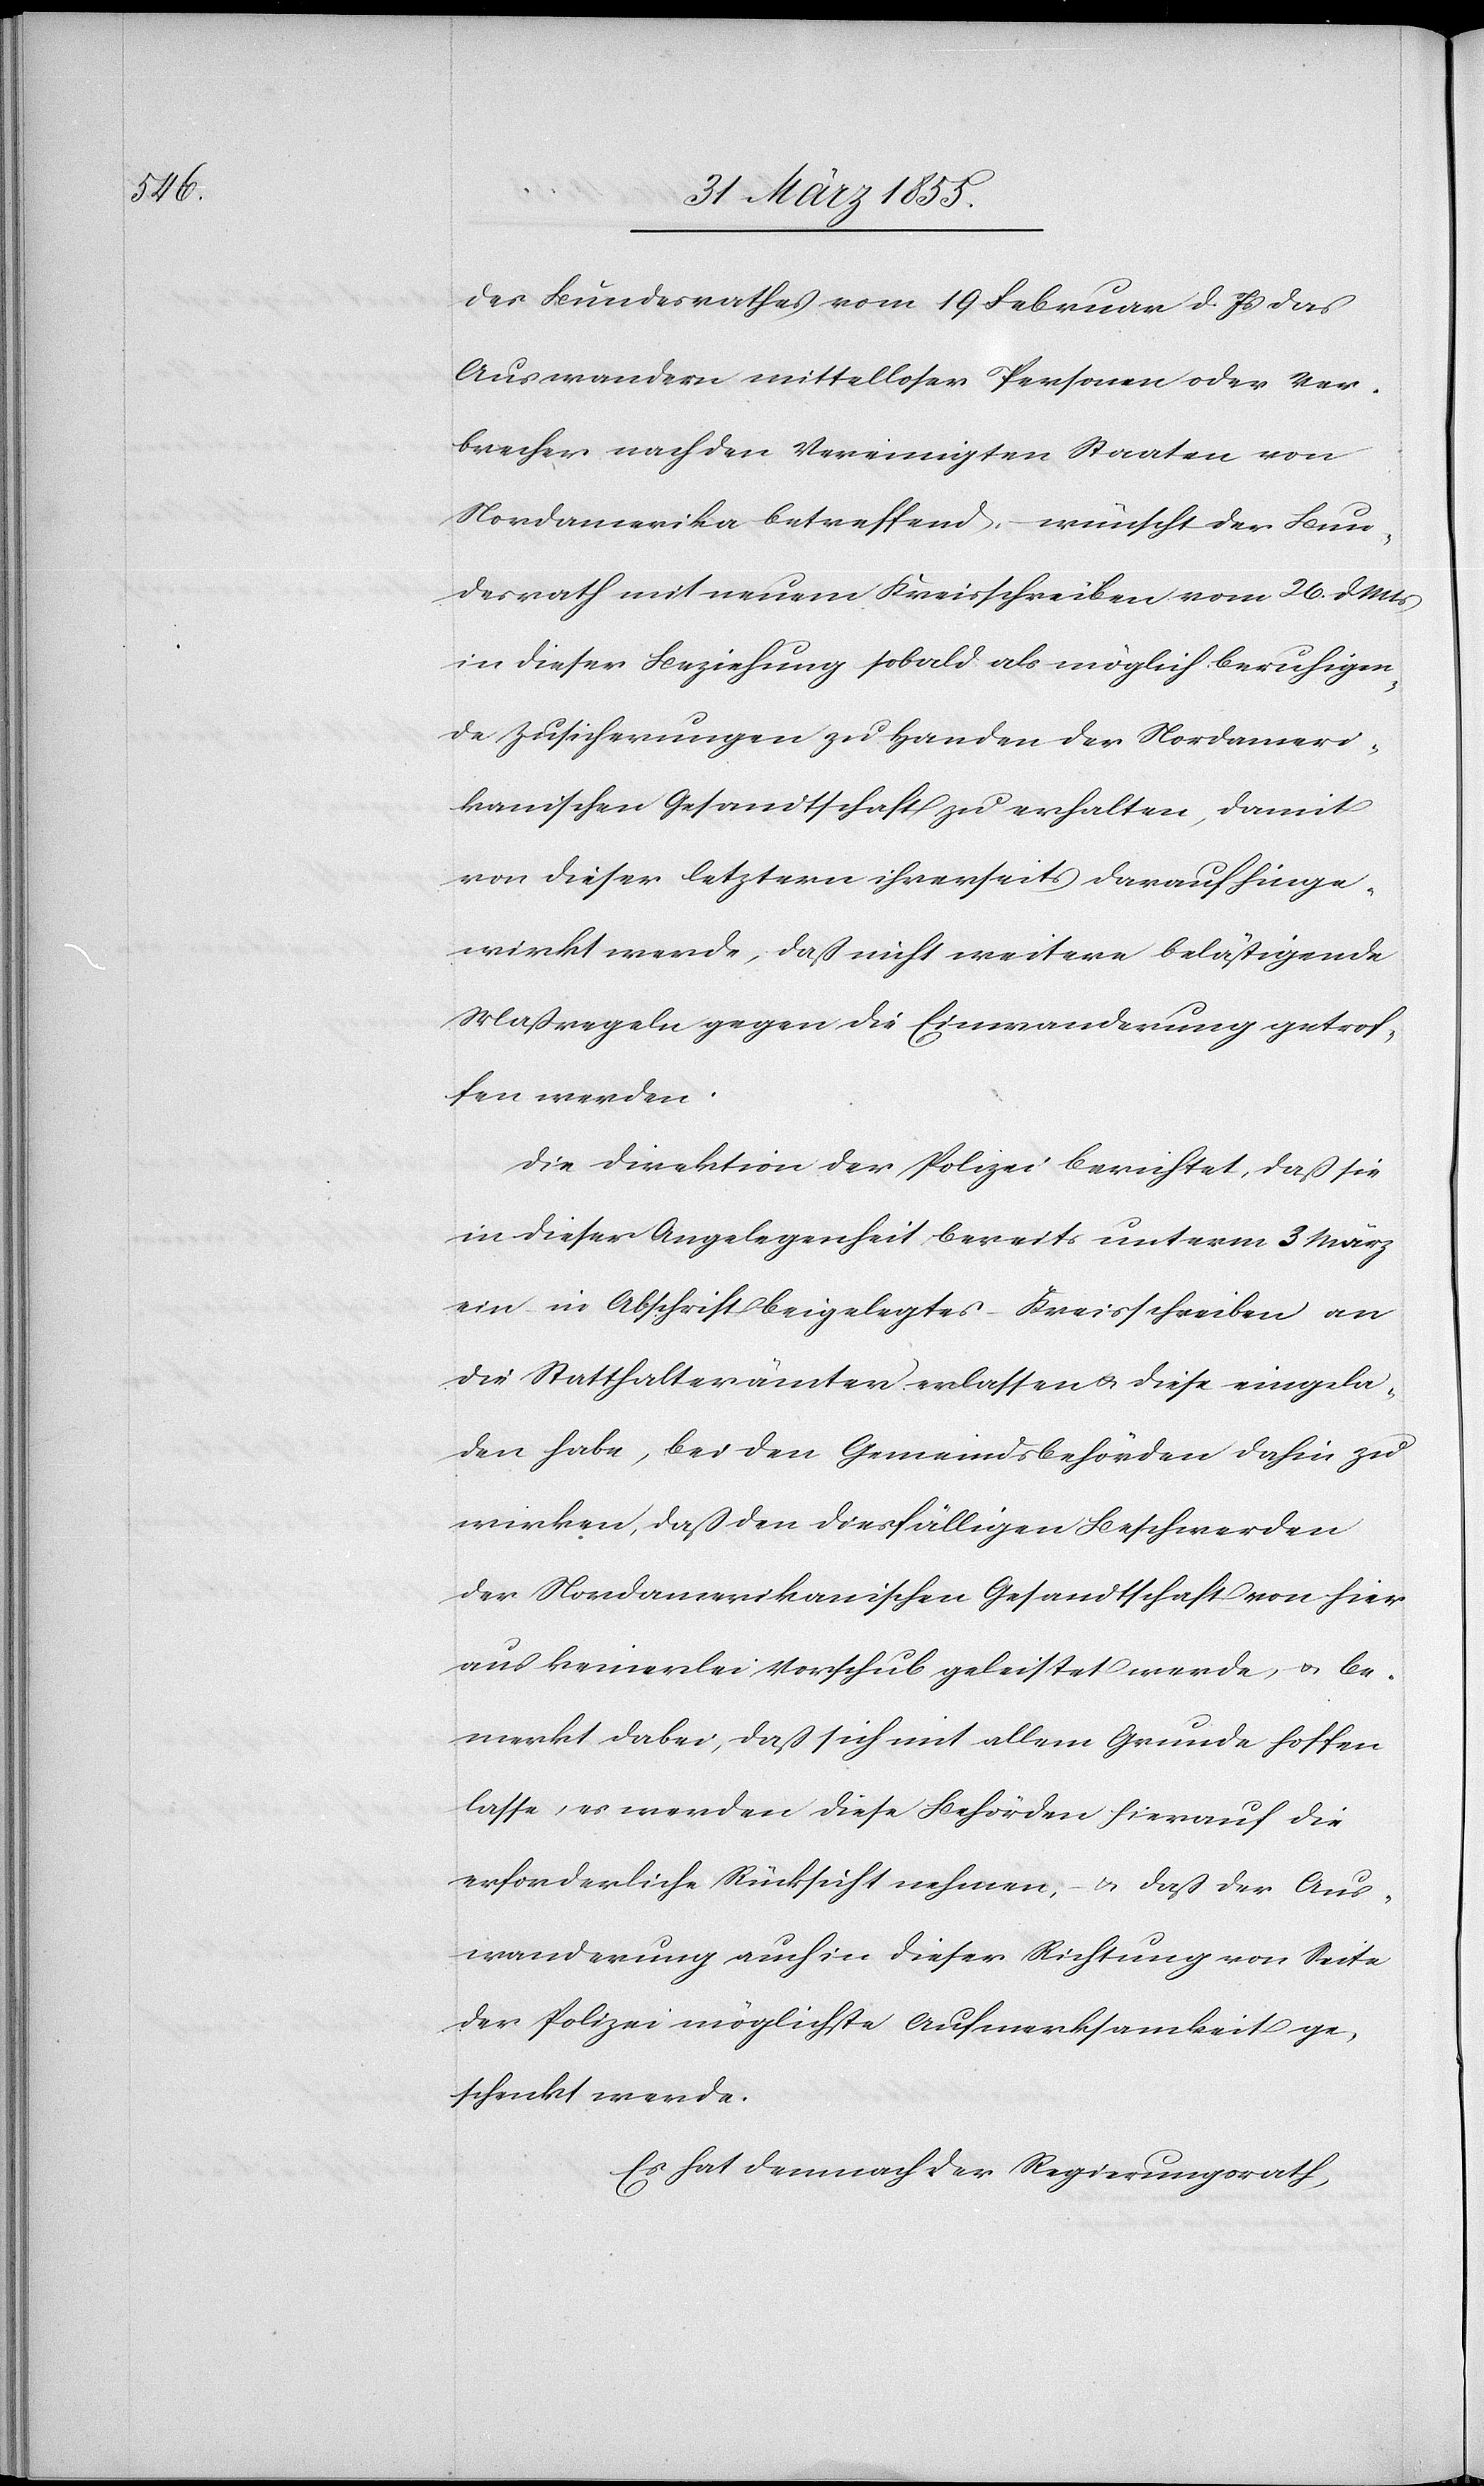
des Bundesrathes vom 19 Februar d. Js das
Auswandern mittelloser Personen oder Ver¬
brecher nach den Vereinigten Staaten von
Nordamerika betreffend, – wünscht der Bun¬
desrath mit neuem Kreisschreiben vom 26. d. Mts
in dieser Beziehung sobald als möglich beruhigen¬
de Zusicherungen zu Handen der Nordameri¬
kanischen Gesandtschaft zu erhalten, damit
von dieser letztern ihrerseits darauf hinge¬
wirkt werde, daß nicht weitere belästigende
Maßregeln gegen die Einwanderung getrof¬
fen werden.
Die Direktion der Polizei berichtet, daß sie
in dieser Angelegenheit bereits unterm 3 März
ein in Abschrift beigelegtes – Kreisschreiben an
die Statthalterämter erlassen & diese eingela¬
den habe, bei den Gemeindsbehörden dahin zu
wirken, daß den diesfälligen Beschwerden
der Nordamerikanischen Gesandtschaft von hier
aus keinerlei Vorschub geleistet werde, & be¬
merkt dabei, daß sich mit allem Grunde hoffen
lasse, es werden diese Behörden hierauf die
erforderliche Rücksicht nehmen, – & daß der Aus¬
wanderung auch in dieser Richtung von Seite
der Polizei möglichste Aufmerksamkeit ge¬
schenkt werde.
Es hat demnach der Regierungsrath,